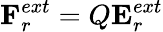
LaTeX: {\mathbf{F}}_{r}^{ext}={Q}{\mathbf{E}}_{r}^{ext}